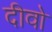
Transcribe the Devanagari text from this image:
दीवो